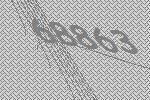
68863